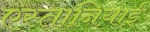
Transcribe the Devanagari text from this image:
एस्तानियाई